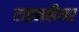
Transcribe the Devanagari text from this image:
टाइमशैयर